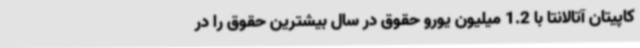
کاپیتان آتالانتا با 1.2 میلیون یورو حقوق در سال بیشترین حقوق را در